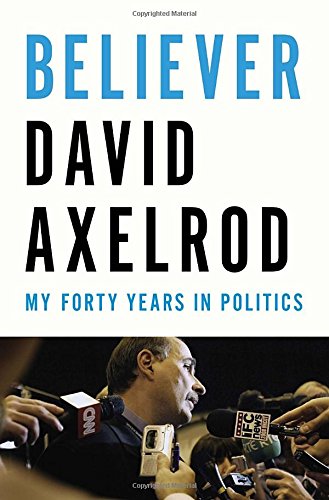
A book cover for Believer: My Forty Years in Politics; David Axelrod; Biographies & Memoirs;